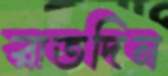
রাতদিন